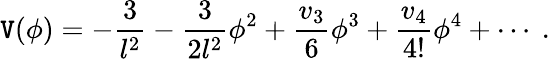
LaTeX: \mathtt{V}(\phi)=-\frac{3}{{l^{2}}}-\frac{3}{{2l^{2}}}\phi^{2}+\frac{{v_{3}}}{{6}}\phi^{3}+\frac{{v_{4}}}{{4!}}\phi^{4}+\cdots~.